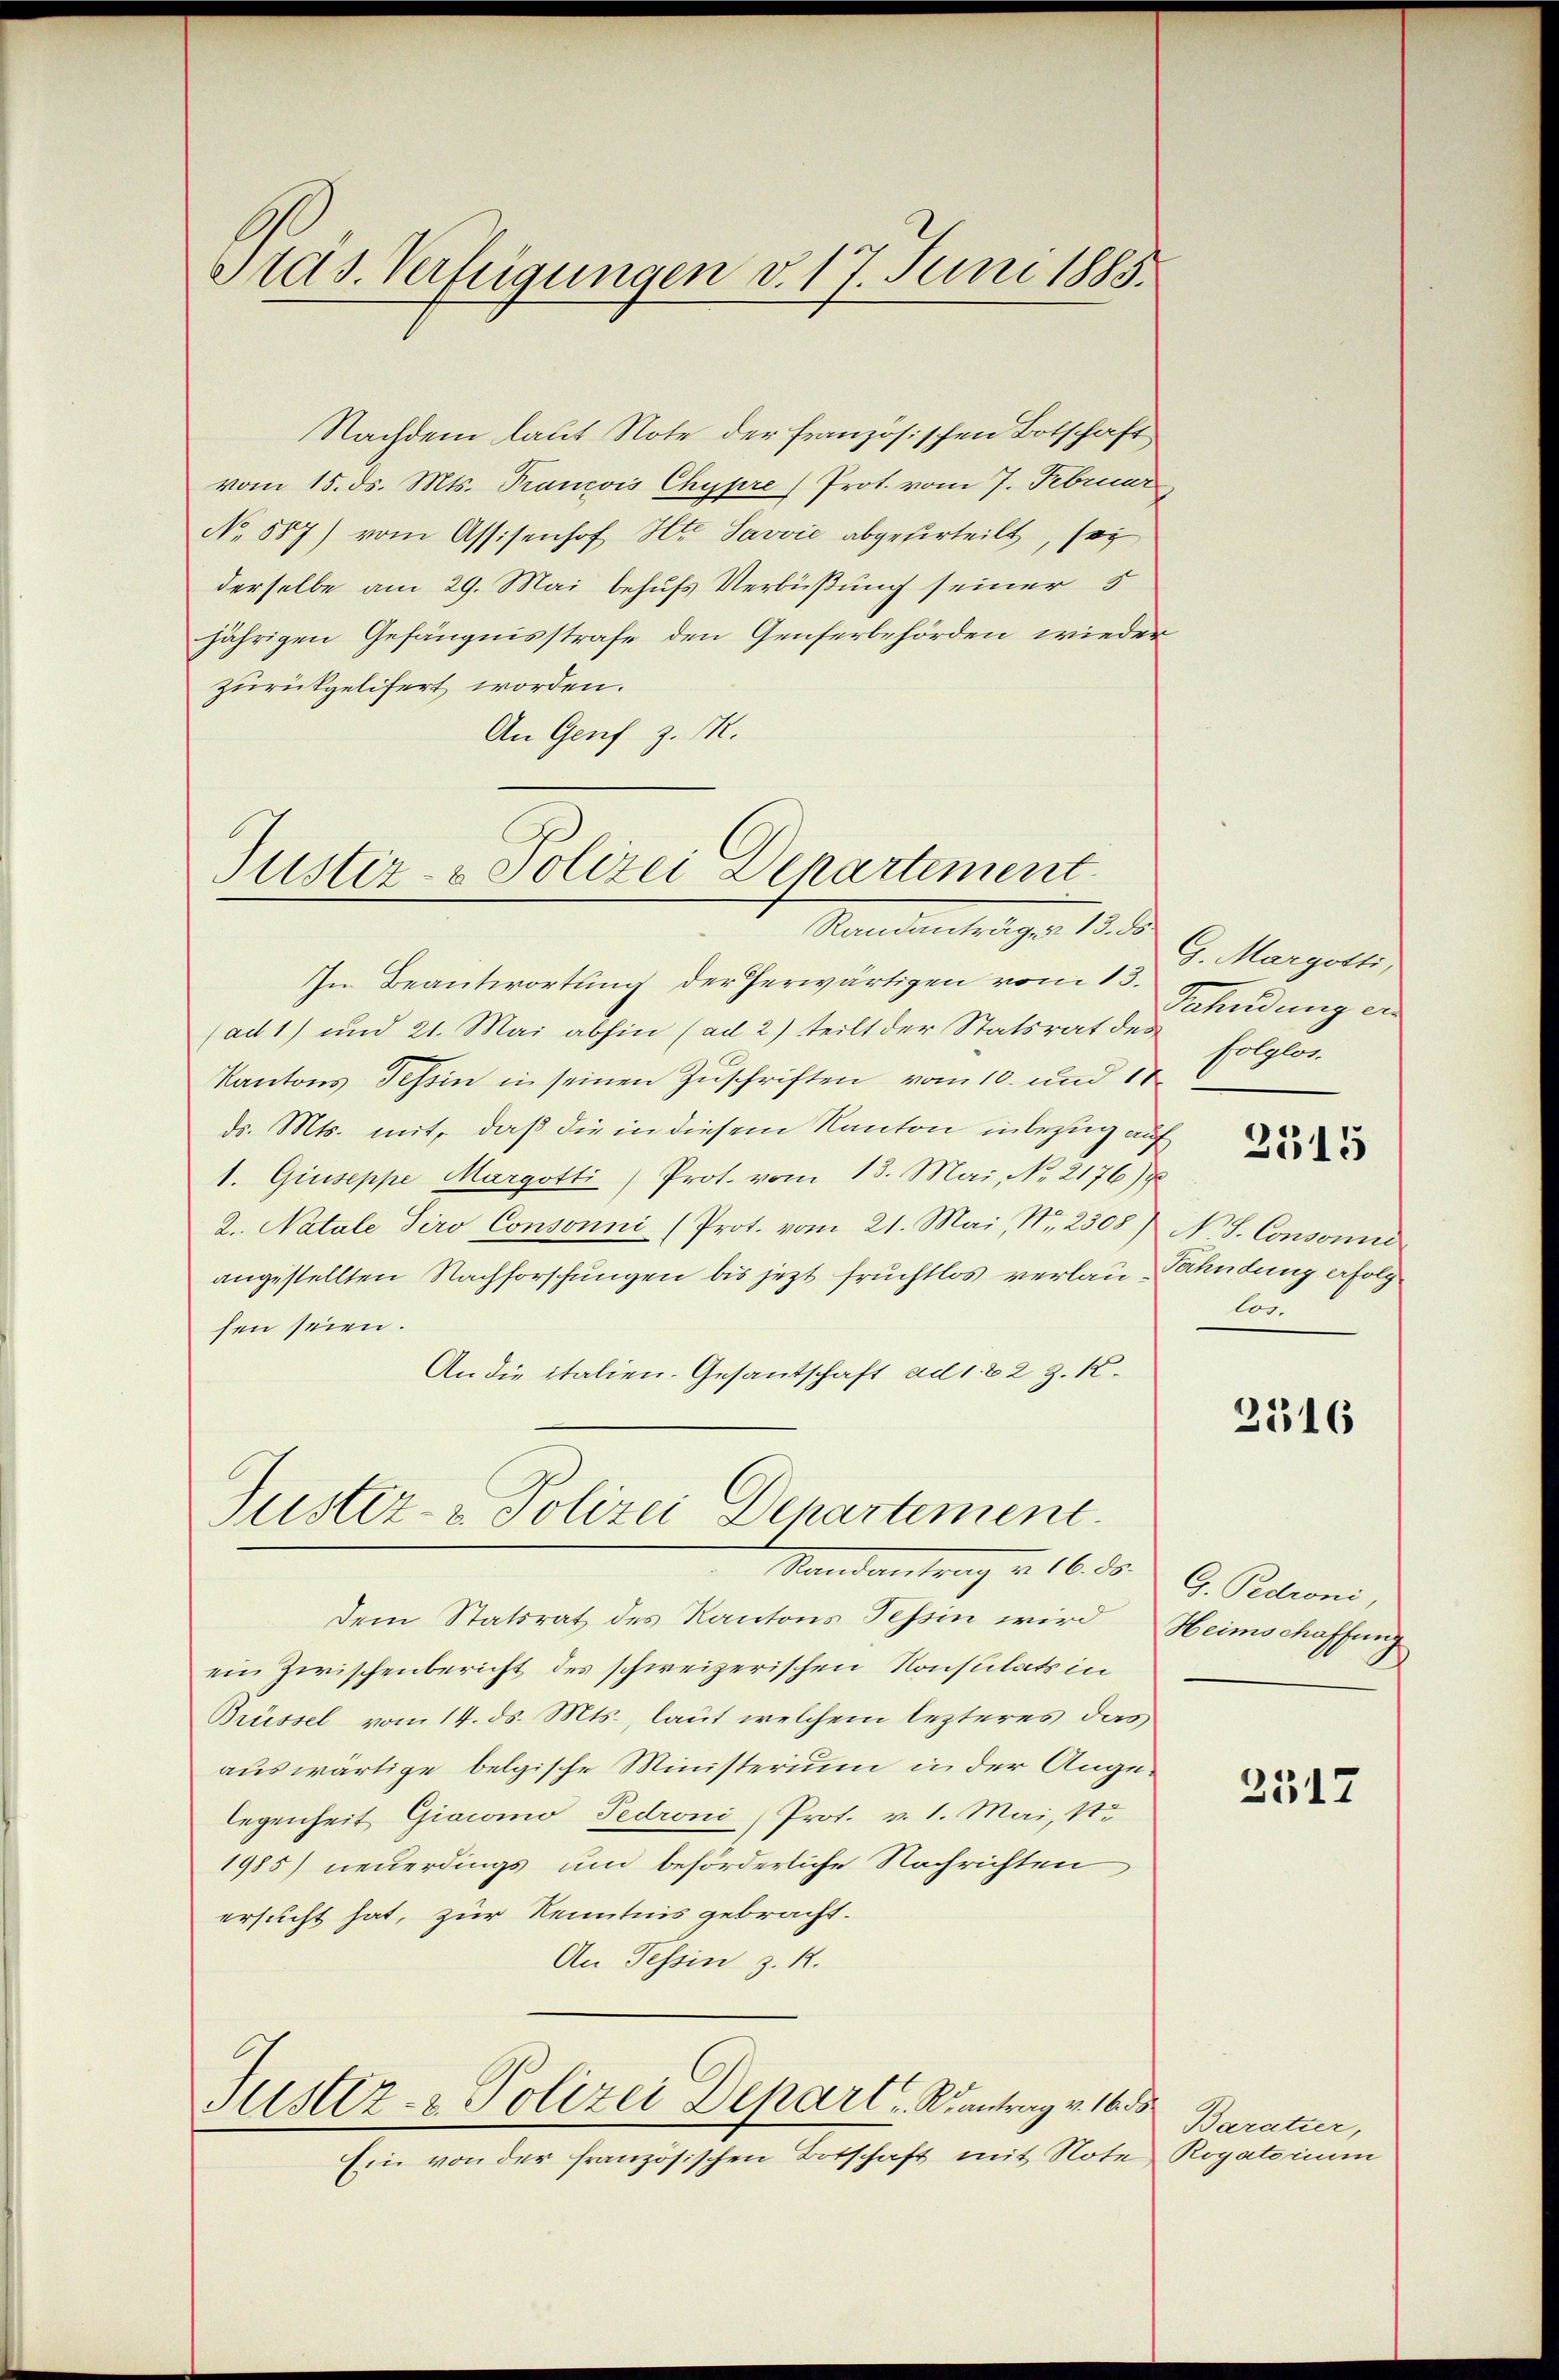
Stas. Verfügungen v. 17. Juni 1885.

Nachdem laut Note der französischen Botschaft
vom 15. ds. Mts. Francois Chypre) Prot. vom 7. Februar,
No. 587) vom Assisenhof Hr. Savvić abgeurteilt, sei
derselbe am 29. Mai behufs Verbüßung seiner 5
jährigen Gefängnisstrafe den Genferbehörden wieder
zurückgelifert worden.
An Genf z. M.

Justiz- & Polizei Departement
Mammannsteigen 1850.

In Beantwortung der herwärtigen vom 13.
(ad 1) und 21. Mai abhin (ad 2) teilt der Statsrat des folglot.
Kantons Tessin in seinen Zuschriften vom 10. und 10
ds. Mts. mit, daß die in diesem Kanton inbezug auf
1. Giuseppe Margotti / Prot. vom 13. Mai, No 2176)
2. Natale Tiro Consonni (Prot. vom 21. Mai, Nr. 2308) N. S. Consonni
angestellten Nachforschungen bis jezt fruchtlos verlan-Pahndung erfolg
sen seien.
An die italien- Gesantschaft ad 1. 22 z. K.

Justiz- & Polizei Departement.

Randantrag v. 16. ds.
Dem Statsrat des Kantons Tessin wird Heimschaffung
ein Zwischenbericht des schweizerischen Konsulats in
Brüssel vom 14. ds. Mts., laut welchem lezteres das
auswärtige belgische Ministerium in der Angelegenheit Giacomo Pedroni (Prot. v. 1. Mai, 1.
1985) neuerdings um beförderliche Nachrichten
ersucht hat, zur Kenntnis gebracht.
An Tessin z. R.

Justiz- & Polizei Depart Reantrag v. 16. ds

Ein von der französischen Botschaft mit Note Rogatorium

G. Margotti,
Sahndung en
2315
los.

2516

G. Pedroni,

2517

Baratier,